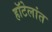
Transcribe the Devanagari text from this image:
हॉटेलांत